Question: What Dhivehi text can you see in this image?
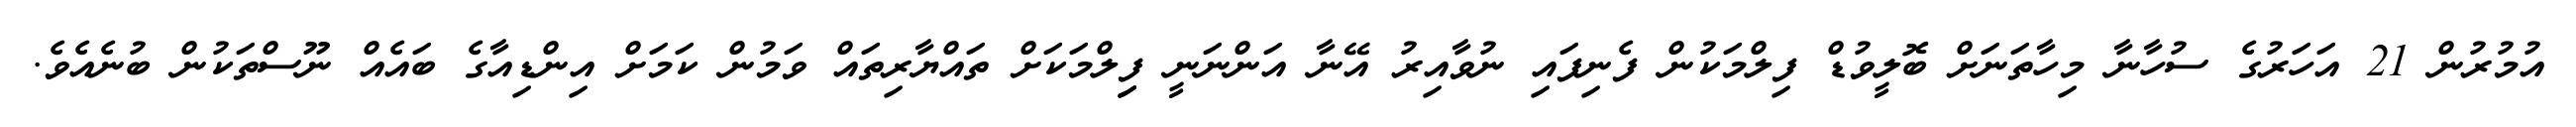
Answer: އުމުރުން 21 އަހަރުގެ ސުހާނާ މިހާތަނަށް ބޮލީވުޑް ފިލްމަކުން ފެނިފައި ނުވާއިރު އޭނާ އަންނަނީ ފިިލްމަކަށް ތައްޔާރިތައް ވަމުން ކަމަށް އިންޑިއާގެ ބައެއް ނޫސްތަކުން ބުނެއެވެ.